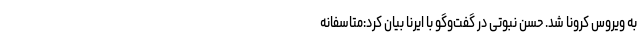
به ویروس کرونا شد. حسن نبوتی در گفت‌وگو با ایرنا بیان کرد:متاسفانه